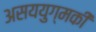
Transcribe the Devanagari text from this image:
असययुग्मकी